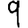
Digit: 9